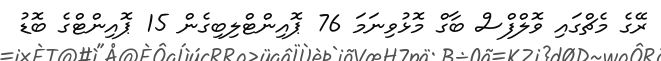
ރޭގެ މެޗްގައި ވޮލްފްސް ބާގް މޮޅުވިނަމަ 76 ޕޮއިންޓްލިބިގެން 15 ޕޮއިންޓްގެ ބޮޑު